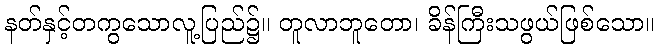
နတ်နှင့်တကွသောလူ့ပြည်၌။ တူလာဘူတော၊ ခိန်ကြီးသဖွယ်ဖြစ်သော။